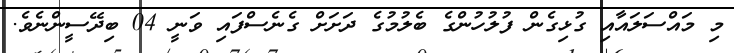
މި މައްސަލައާއި ގުޅިގެން ފުލުހުންގެ ބެލުމުގެ ދަށަށް ގެނެސްފައި ވަނީ 04 ބިދޭސީންނެވެ.